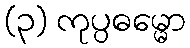
(၃) ကုပ္ပဓမ္မော